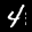
Label: 4